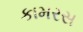
કામરસ